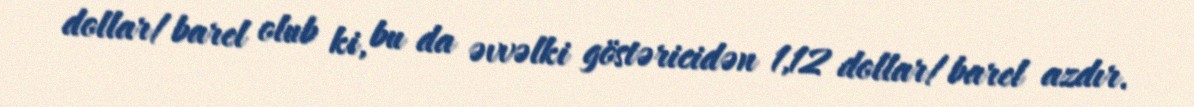
dollar/barel olub ki, bu da əvvəlki göstəricidən 1,12 dollar/barel azdır.